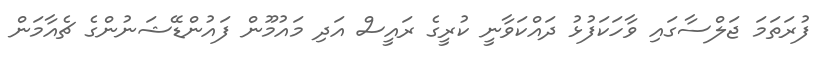
ފުރަތަމަ ޖަލްސާގައި ވާހަކަފުޅު ދައްކަވާނީ ކުރީގެ ރައީސް އަދި މައުމޫން ފައުންޑޭޝަނުންގެ ޗެއާމަން